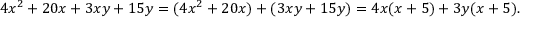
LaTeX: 4 x ^ { 2 } + 2 0 x + 3 x y + 1 5 y = ( 4 x ^ { 2 } + 2 0 x ) + ( 3 x y + 1 5 y ) = 4 x ( x + 5 ) + 3 y ( x + 5 ) .